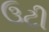
ઉટી